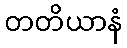
တတိယာနံ